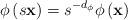
LaTeX: \begin{align*}\phi \left( s{\bf x}\right) =s^{-d_{\phi }}\phi \left( {\bf x}\right)\end{align*}